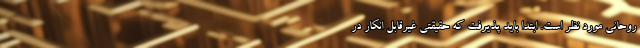
روحانی مورد نظر است. ابتدا باید پذیرفت که حقیقتی غیرقابل انکار در